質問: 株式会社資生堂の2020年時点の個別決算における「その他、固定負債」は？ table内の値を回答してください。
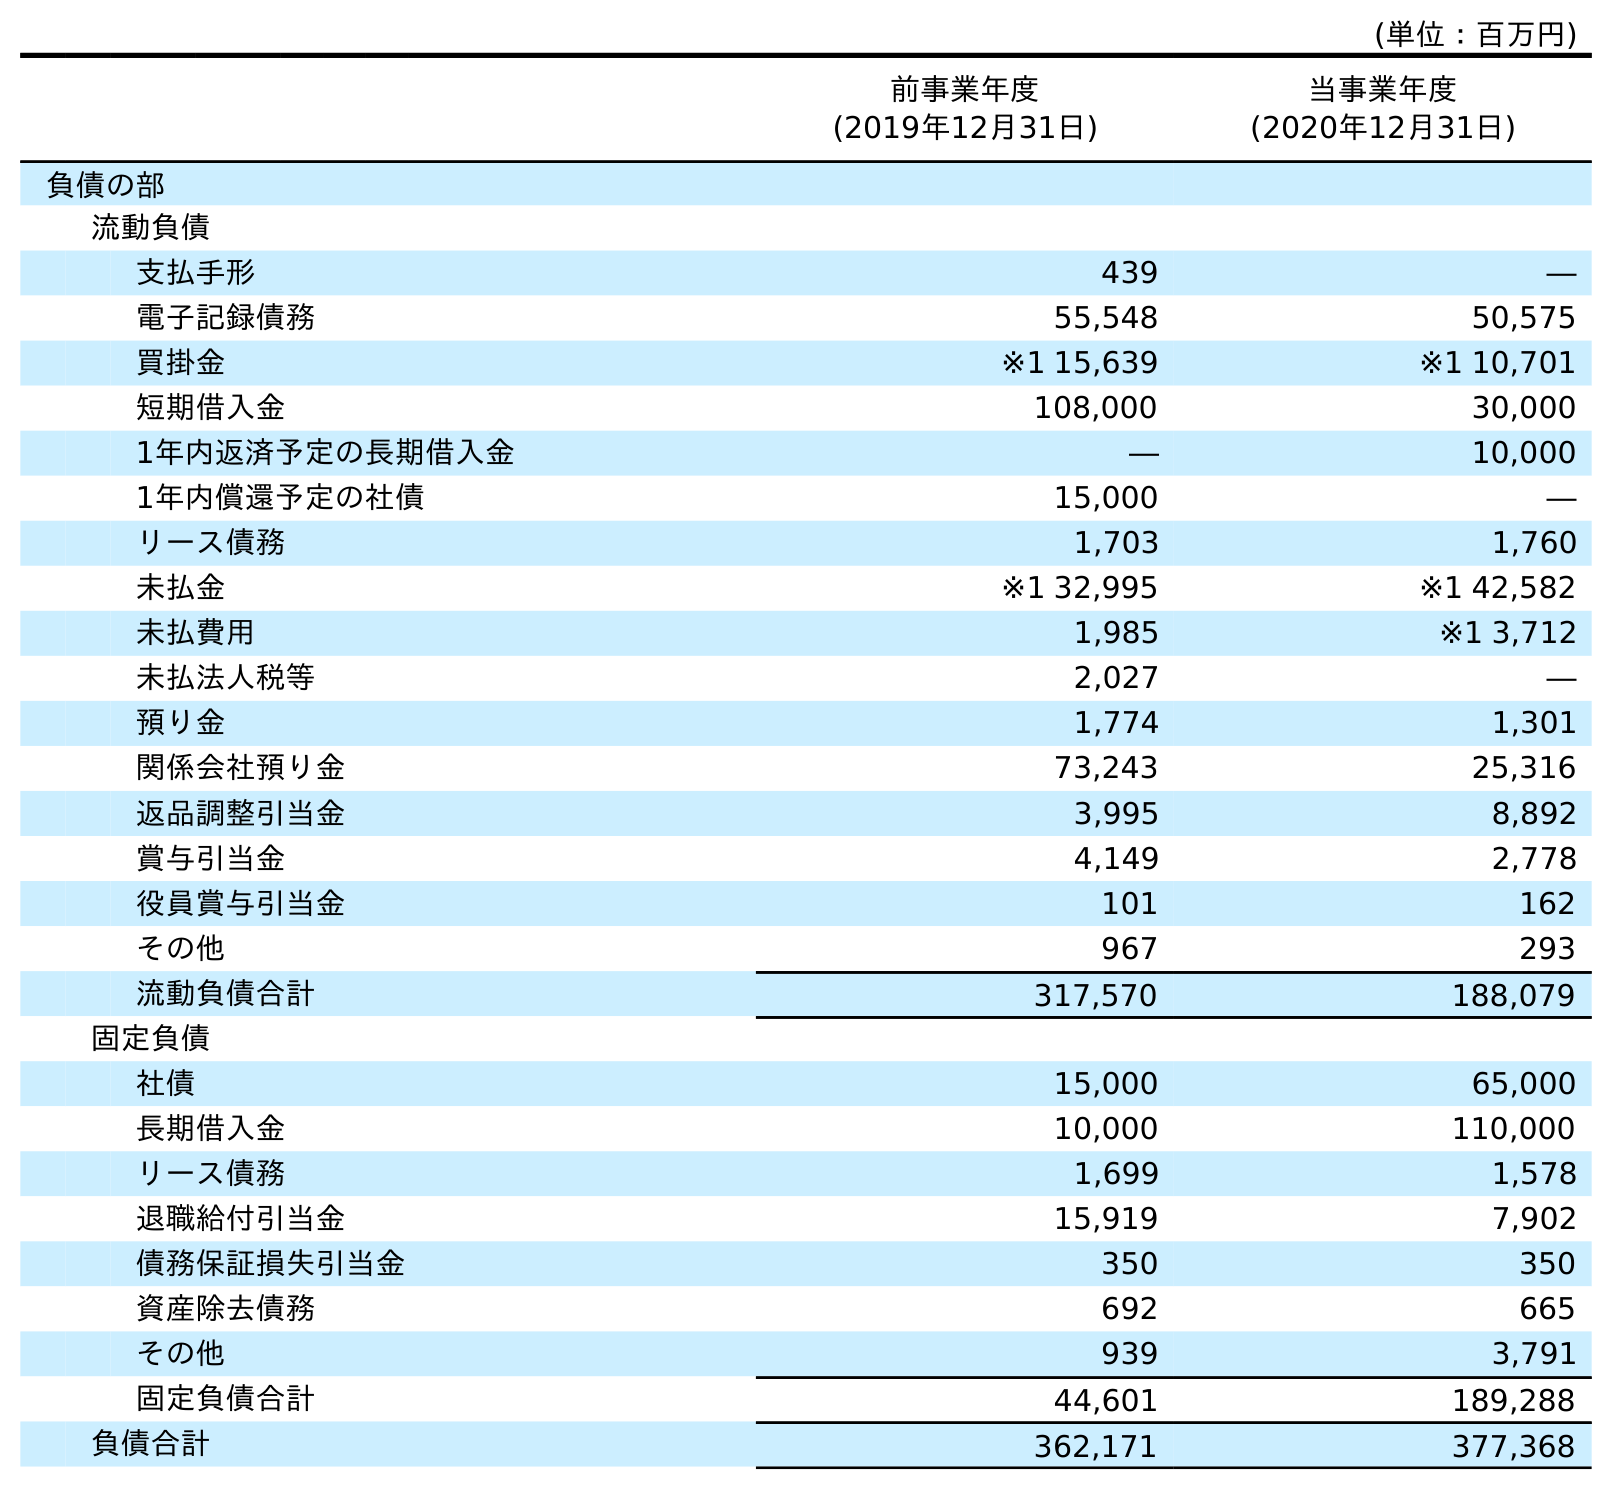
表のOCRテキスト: (単位：百万円) 前事業年度 (2019年12月31日) 当事業年度 (2020年12月31日) 負債の部 流動負債 支払手形 439 ― 電子記録債務 55,548 50,575 買掛金 ※1 15,639 ※1 10,701 短期借入金 108,000 30,000 1年内返済予定の長期借入金 ― 10,000 1年内償還予定の社債 15,000 ― リース債務 1,703 1,760 未払金 ※1 32,995 ※1 42,582 未払費用 1,985 ※1 3,712 未払法人税等 2,027 ― 預り金 1,774 1,301 関係会社預り金 73,243 25,316 返品調整引当金 3,995 8,892 賞与引当金 4,149 2,778 役員賞与引当金 101 162 その他 967 293 流動負債合計 317,570 188,079 固定負債 社債 15,000 65,000 長期借入金 10,000 110,000 リース債務 1,699 1,578 退職給付引当金 15,919 7,902 債務保証損失引当金 350 350 資産除去債務 692 665 その他 939 3,791 固定負債合計 44,601 189,288 負債合計 362,171 377,368
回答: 3,791